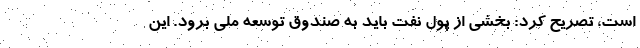
است، تصریح کرد: بخشی از پول نفت باید به صندوق توسعه ملی برود. این